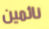
نائمين